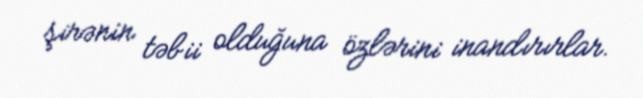
şirənin təbii olduğuna özlərini inandırırlar.